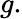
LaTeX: g.